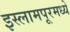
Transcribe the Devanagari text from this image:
इस्लामपूरमध्ये